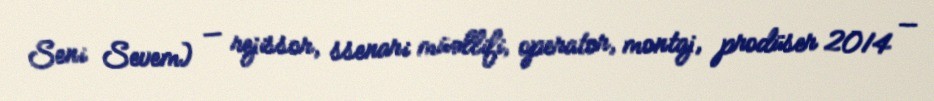
Seni Sevem) — rejissor, ssenari müəllifi, operator, montaj, prodüser 2014 —